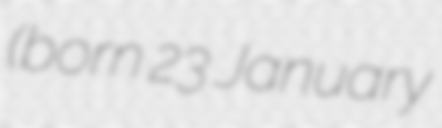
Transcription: (born 23 January